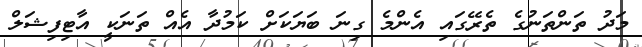
މަދު ތަންތަނުގެ ތެރޭގައި އެންމެ ގިނަ ބަޔަކަށް ކަމުދާ އެއް ތަނަކީ އާޓިފިޝަލް